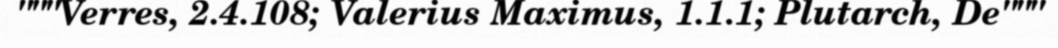
"""Verres, 2.4.108; Valerius Maximus, 1.1.1; Plutarch, De"""